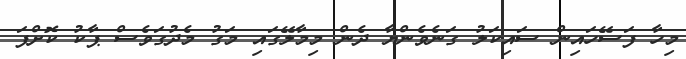
މިހާ ފަސޭހައިން ސައިކަލު ގަނެވެންޔާ ދެން މިމާލޭގައި މަގު މެދުގަވެސް ޕާކު ކޮށްފަ